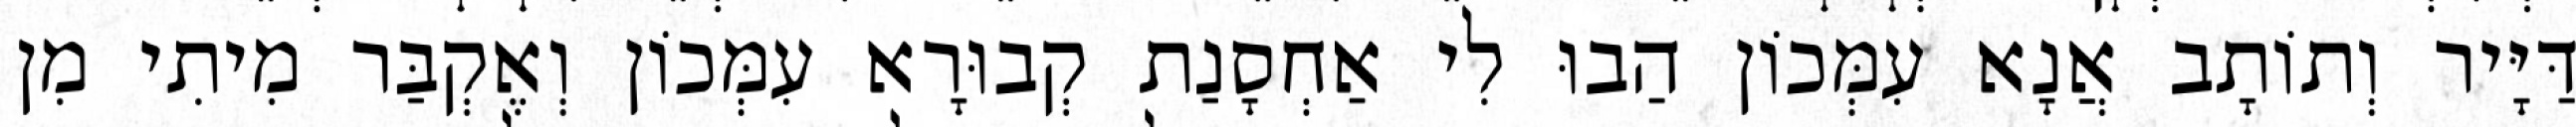
דַּיָּיר וְתוֹתָב אֲנָא עִמְּכוֹן הַבוּ לִי אַחְסָנַת קְבוּרָא עִמְּכוֹן וְאֶקְבַּר מִיתִי מִן